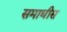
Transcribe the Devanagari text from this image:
समाधीस